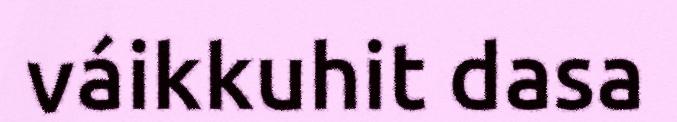
váikkuhit dasa